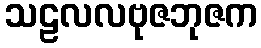
သဠလလဗုဇဘုဇက